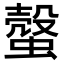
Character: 𧐜